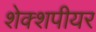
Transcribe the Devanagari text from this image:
शेक्शपीयर